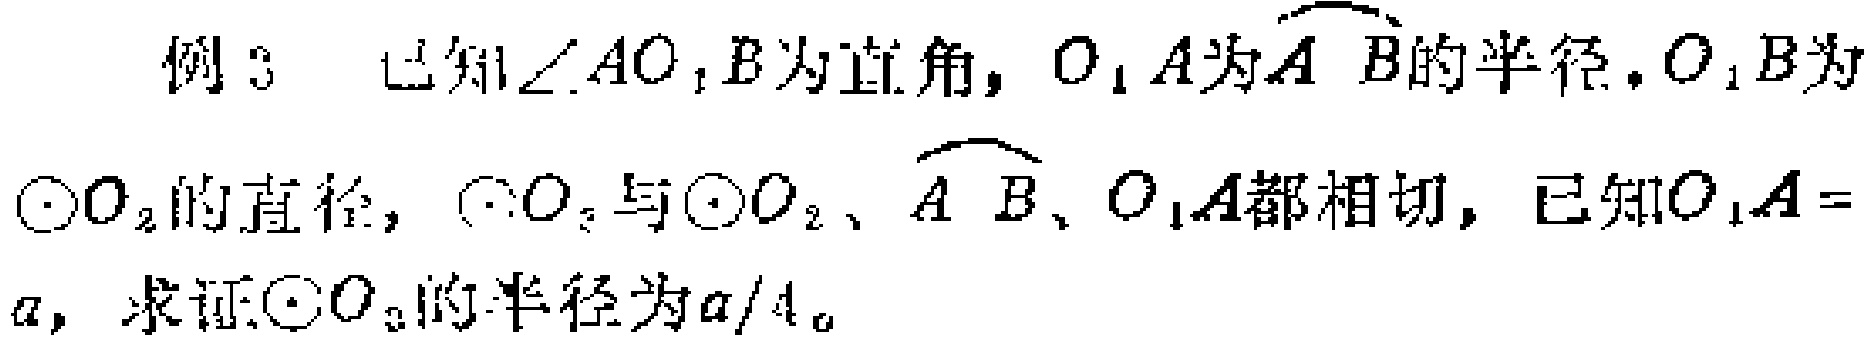
例3 已知$\angle AO_{1}B$为直角，$O_{1}A$为$\overset{\frown}{AB}$的半径，$O_{1}B$为$\odot O_{2}$的直径，$\odot O_{3}$与$\odot O_{2}$、$\overset{\frown}{AB}$、$O_{1}A$都相切，已知$O_{1}A = a$，求证:$\odot O_{3}$的半径为$a/4$。